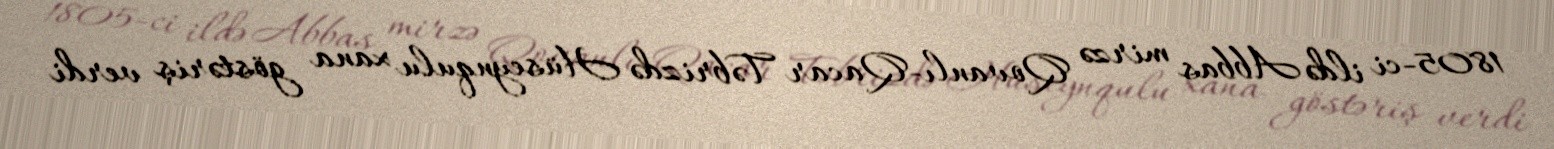
1805-ci ildə Abbas mirzə Qovanlı-Qacar Təbrizdə Hüseynqulu xana göstəriş verdi